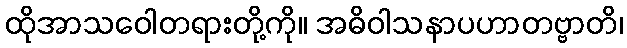
ထိုအာသဝေါတရားတို့ကို။ အဓိဝါသနာပဟာတဗ္ဗာတိ၊